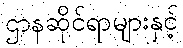
ဌာနဆိုင်ရာများနှင့်